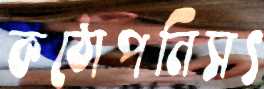
কঠোপনিসৎ